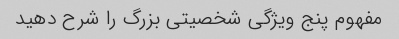
مفهوم پنج ویژگی شخصیتی بزرگ را شرح دهید